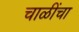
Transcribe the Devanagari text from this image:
चाळींचा